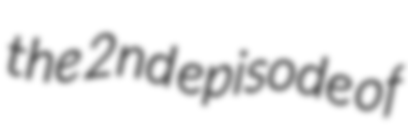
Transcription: the 2nd episode of